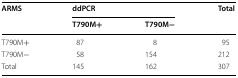
<table><thead><tr><td rowspan="2"><b>ARMS</b></td><td colspan="2"><b>ddPCR</b></td><td rowspan="2"><b>Total</b></td></tr><tr><td><b>T790M+</b></td><td><b>T790M−</b></td></tr></thead><tbody><tr><td>T790M+</td><td>87</td><td>8</td><td>95</td></tr><tr><td>T790M−</td><td>58</td><td>154</td><td>212</td></tr><tr><td>Total</td><td>145</td><td>162</td><td>307</td></tr></tbody></table>